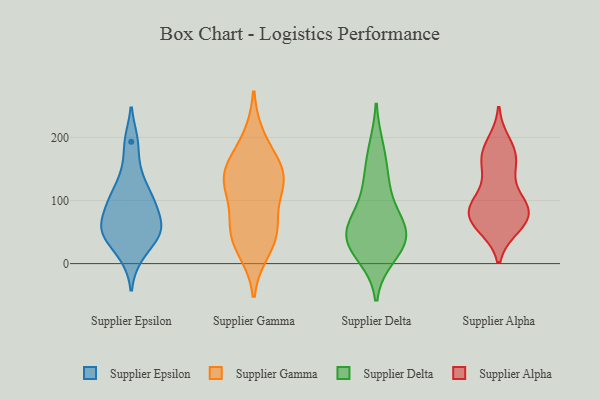
{"axis": {"x": "Revenue (USD Million)", "y": "Value"}, "legend": ["Supplier Alpha", "Supplier Delta", "Supplier Epsilon", "Supplier Gamma"], "data": [{"x": "", "y": 98, "type": "Supplier Epsilon"}, {"x": "", "y": 51, "type": "Supplier Epsilon"}, {"x": "", "y": 55, "type": "Supplier Epsilon"}, {"x": "", "y": 193, "type": "Supplier Epsilon"}, {"x": "", "y": 141, "type": "Supplier Epsilon"}, {"x": "", "y": 12, "type": "Supplier Epsilon"}, {"x": "", "y": 106, "type": "Supplier Epsilon"}, {"x": "", "y": 51, "type": "Supplier Epsilon"}, {"x": "", "y": 88, "type": "Supplier Epsilon"}, {"x": "", "y": 49, "type": "Supplier Epsilon"}, {"x": "", "y": 23, "type": "Supplier Gamma"}, {"x": "", "y": 45, "type": "Supplier Gamma"}, {"x": "", "y": 120, "type": "Supplier Gamma"}, {"x": "", "y": 133, "type": "Supplier Gamma"}, {"x": "", "y": 57, "type": "Supplier Gamma"}, {"x": "", "y": 57, "type": "Supplier Gamma"}, {"x": "", "y": 197, "type": "Supplier Gamma"}, {"x": "", "y": 147, "type": "Supplier Gamma"}, {"x": "", "y": 131, "type": "Supplier Gamma"}, {"x": "", "y": 150, "type": "Supplier Gamma"}, {"x": "", "y": 73, "type": "Supplier Delta"}, {"x": "", "y": 57, "type": "Supplier Delta"}, {"x": "", "y": 25, "type": "Supplier Delta"}, {"x": "", "y": 41, "type": "Supplier Delta"}, {"x": "", "y": 13, "type": "Supplier Delta"}, {"x": "", "y": 182, "type": "Supplier Delta"}, {"x": "", "y": 141, "type": "Supplier Delta"}, {"x": "", "y": 42, "type": "Supplier Delta"}, {"x": "", "y": 49, "type": "Supplier Delta"}, {"x": "", "y": 113, "type": "Supplier Delta"}, {"x": "", "y": 174, "type": "Supplier Alpha"}, {"x": "", "y": 87, "type": "Supplier Alpha"}, {"x": "", "y": 165, "type": "Supplier Alpha"}, {"x": "", "y": 68, "type": "Supplier Alpha"}, {"x": "", "y": 65, "type": "Supplier Alpha"}, {"x": "", "y": 66, "type": "Supplier Alpha"}, {"x": "", "y": 84, "type": "Supplier Alpha"}, {"x": "", "y": 99, "type": "Supplier Alpha"}, {"x": "", "y": 101, "type": "Supplier Alpha"}, {"x": "", "y": 86, "type": "Supplier Alpha"}, {"x": "", "y": 190, "type": "Supplier Alpha"}, {"x": "", "y": 168, "type": "Supplier Alpha"}, {"x": "", "y": 61, "type": "Supplier Alpha"}, {"x": "", "y": 146, "type": "Supplier Alpha"}]}